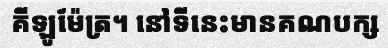
គីឡូម៉ែត្រ។ នៅទីនេះមានគណបក្ស